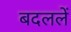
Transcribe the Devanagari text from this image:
बदललें